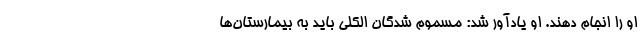
او را انجام دهند. او یادآور شد: مسموم شدگان الکلی باید به بیمارستان‌ها